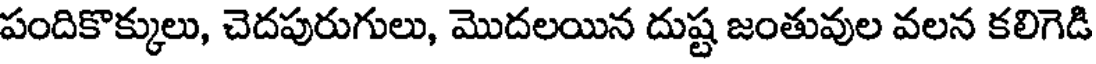
పందికొక్కులు, చెదపురుగులు, మొదలయిన దుష్ట జంతువుల వలన కలిగెడి